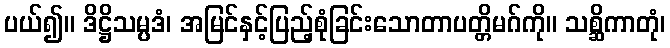
ပယ်၍။ ဒိဋ္ဌိသမ္ပဒံ၊ အမြင်နှင့်ပြည့်စုံခြင်းသောတာပတ္တိမဂ်ကို။ သစ္ဆိကာတုံ၊